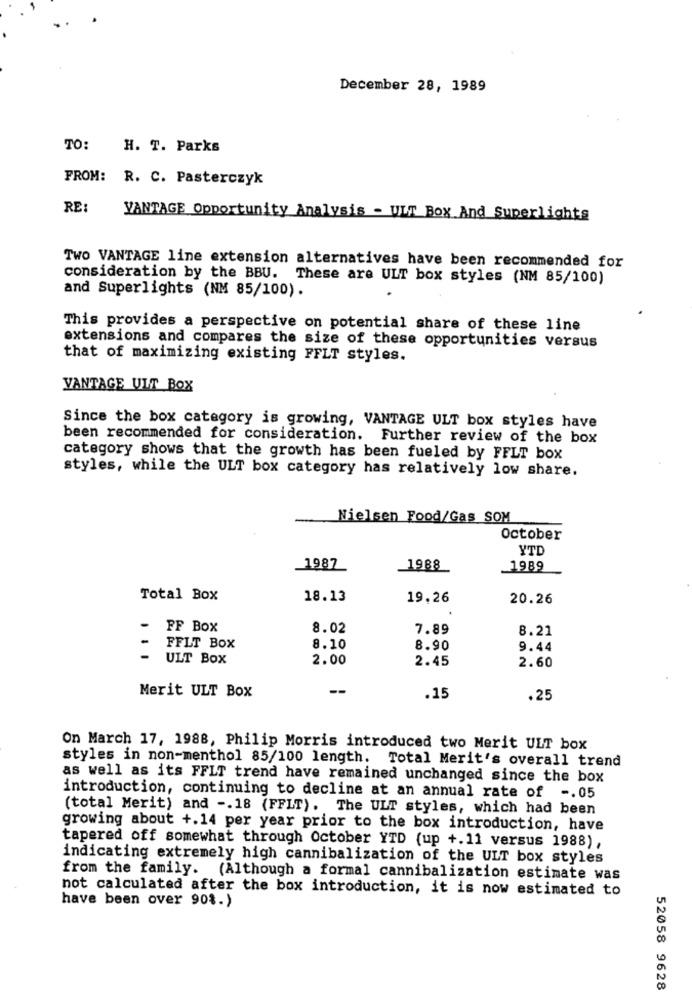
December 28, 1989
TO:
H. T. Parks
FROM:
R. C. Pasterczyk
RE:
VANTAGE Opportunity Analysis - ULT Box And Superlights
TWO VANTAGE line extension alternatives have been recommended for
consideration by the BBU. These are ULT box styles (NM 85/100)
and Superlights (NM 85/100).
This provides a perspective on potential share of these line
extensions and compares the size of these opportunities versus
that of maximizing existing FFLT styles.
VANTAGE UIT BOX
Since the box category is growing, VANTAGE ULT box styles have
been recommended for consideration. Further review of the box
category shows that the growth has been fueled by FFLT box
styles, while the ULT box category has relatively low share.
Nielsen Food/Gas SOM
October
YTD
1987
1988
1989
Total Box
18.13
19,26
20.26
-
FF Box
8.02
7.89
8.21
FFLT Box
8.10
8.90
9.44
-
ULT Box
2.00
2.45
2.60
Merit ULT Box
.15
.25
On March 17, 1988, Philip Morris introduced two Merit ULT box
styles in non-menthol 85/100 length. Total Merit's overall trend
as well as its FFLT trend have remained unchanged since the box
introduction, continuing to decline at an annual rate of -. 05
(total Merit) and -. 18 (FFLT). The ULT styles, which had been
growing about +.14 per year prior to the box introduction, have
tapered off somewhat through October YTD (up +.11 versus 1988),
indicating extremely high cannibalization of the ULT box styles
from the family. (Although a formal cannibalization estimate was
not calculated after the box introduction, it is now estimated to
have been over 90%.)
52058 9628